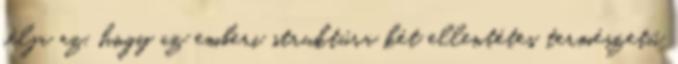
célja az, hogy az emberi struktúra két ellentétes természetű